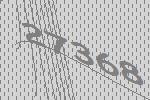
27368